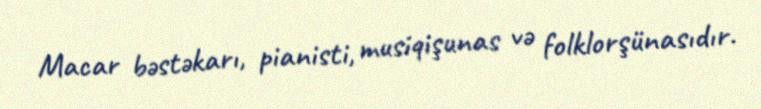
Macar bəstəkarı, pianisti, musiqişunas və folklorşünasıdır.